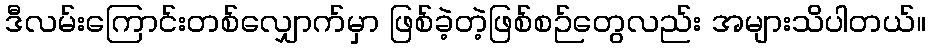
ဒီလမ်းကြောင်းတစ်လျှောက်မှာ ဖြစ်ခဲ့တဲ့ဖြစ်စဉ်တွေလည်း အများသိပါတယ်။